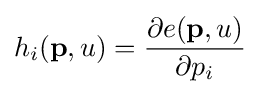
h_{i}(\mathbf {p} ,u)={\frac {\partial e(\mathbf {p} ,u)}{\partial p_{i}}}